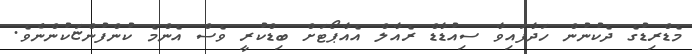
މެޑްރިޑުގެ ދެކުނުން ހަދާފައިވާ ސިއުޑާޑް ރެއާލް އެއާޕޯޓަށް ބިޑްކުރީ ވެސް އެންމެ ކުންފުންޏަކުންނެވެ.